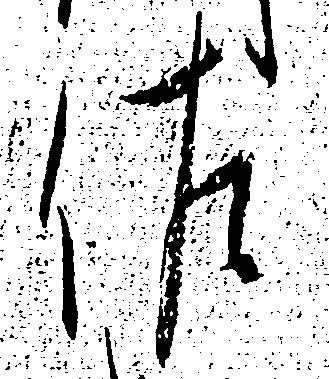
佐